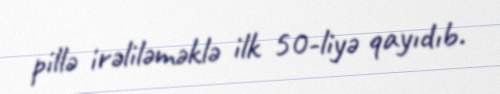
pillə irəliləməklə ilk 50-liyə qayıdıb.